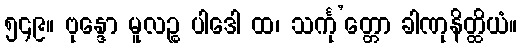
၅၄၉။ ဗုန္ဒော မူလဉ္စ ပါဒေါ ထ၊ သင်္ကု’တ္တော ခါဏုနိတ္ထိယံ။